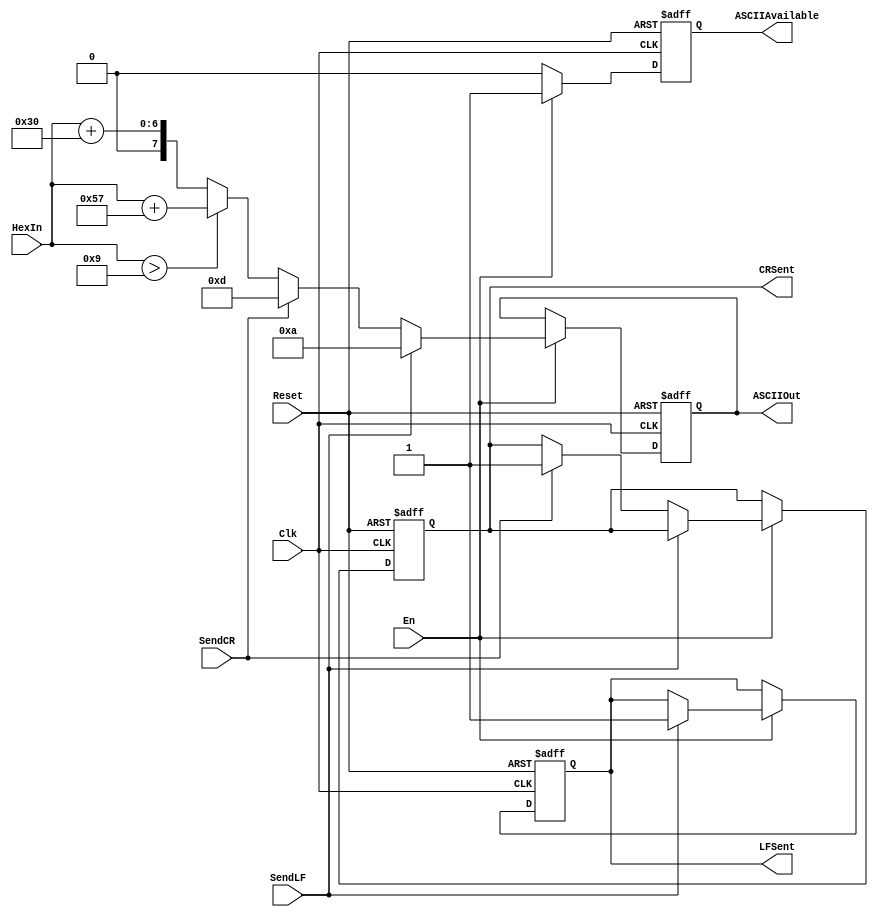
/*
    2017-12-15
    Jeremy Maxey-Vesperman
    Zach Butler
    CE-412 Digital Systems II
    Professor Girma Tewolde, Ph.D.
    Final Project - SHA256 Hasher w/ UART I/O Implemented on an FPGA
    hex_to_ASCII.v
    Purpose: Converts hex value into ASCII for transmission via UART
    Input: Clk - System Clock input; Reset - Asynchronous Reset; En - Enable/Disable control
			  SendCR - Control signal to generate Carriage Return; SendLF - Control signal to generate Line Feed;
			  HexIn - Input hex value that needs conversion
	 Output: ASCIIOut - ASCII output; ASCIIAvailable - Flag to indicate ASCII value is available for transmission;
				CRSent - Flag to indicate that Carriage Return ASCII has been generated;
				LFSent - Flag to indicate that Line Feed ASCII has been generated
*/

module hex_to_ASCII(Clk, Reset, En, SendCR, SendLF, HexIn, ASCIIOut, ASCIIAvailable, CRSent, LFSent);
	// I/O
	input Clk, Reset, En, SendCR, SendLF;
	input [3:0] HexIn; // Hexadecimal input value
	output reg ASCIIAvailable, CRSent, LFSent;
	output reg [7:0] ASCIIOut; // ASCII representation output
	
	always @ (posedge Clk, negedge Reset)
		begin
			if (!Reset)
				begin
					ASCIIOut <= 8'b0;
					ASCIIAvailable <= 1'b0;
					CRSent <= 1'b0;
					LFSent <= 1'b0;
				end
			else
				begin
					if (!En)
						begin
							ASCIIAvailable <= 1'b0;
						end
					else if (SendLF)
					begin
						ASCIIOut <= 8'd10; // Line Feed Character
						ASCIIAvailable <= 1'b1;
						LFSent <= 1'b1;
					end
					else if (SendCR)
						begin
							ASCIIOut <= 8'd13; // Carriage Return Character
							ASCIIAvailable <= 1'b1;
							CRSent <= 1'b1;
						end
					else if (HexIn > 9)
						begin
							ASCIIOut <= (HexIn + 8'd87); // Lowercase letter
							ASCIIAvailable <= 1'b1;
						end
					else
						begin
							ASCIIOut <= (HexIn + 8'd48); // Numeral
							ASCIIAvailable <= 1'b1;
						end
				end
		end
endmodule 
//  2017 Maxey-Vesperman, Butler